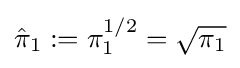
{\hat {\pi }}_{1}:=\pi _{1}^{1/2}={\sqrt {\pi _{1}}}